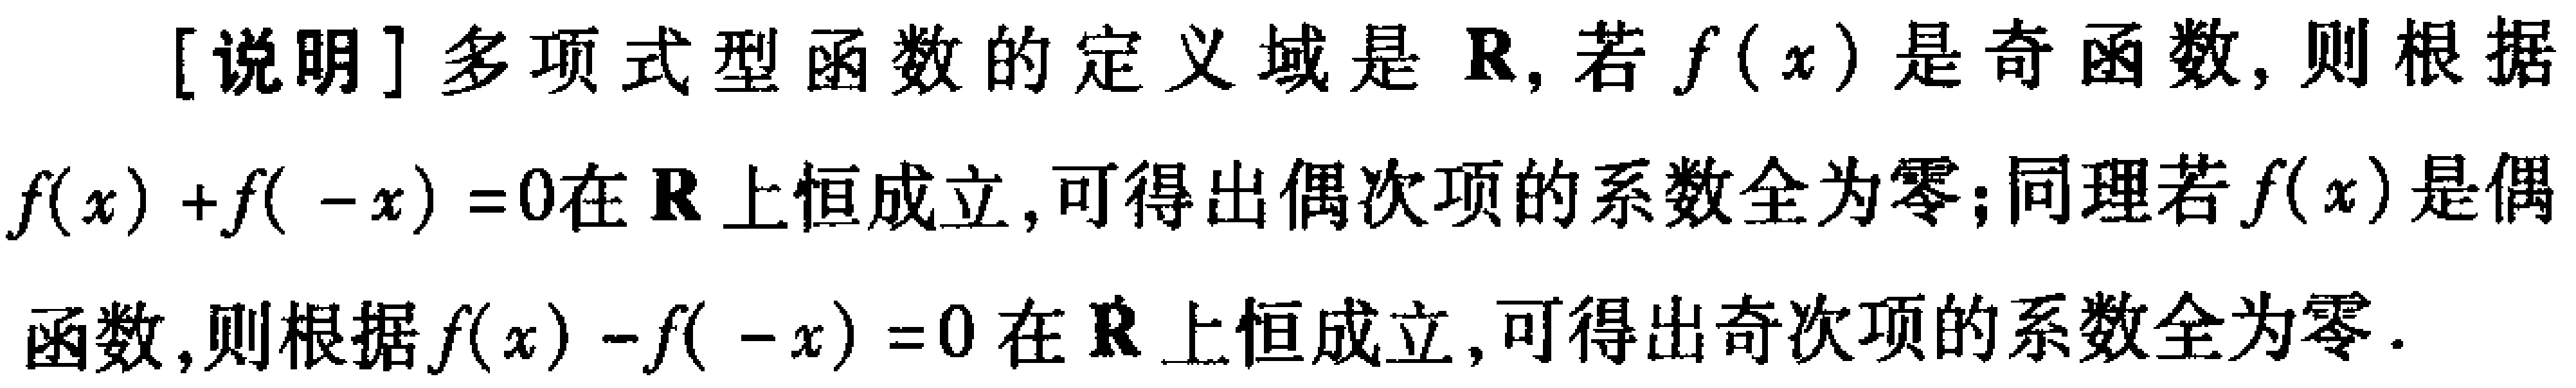
[说明]多项式型函数的定义域是\(\mathbf{R}\)，若\(f(x)\)是奇函数，则根据\(f(x)+f( -x)=0\)在\(\mathbf{R}\)上恒成立，可得出偶次项的系数全为零；同理若\(f(x)\)是偶函数，则根据\(f(x)-f( -x)=0\)在\(\mathbf{R}\)上恒成立，可得出奇次项的系数全为零.